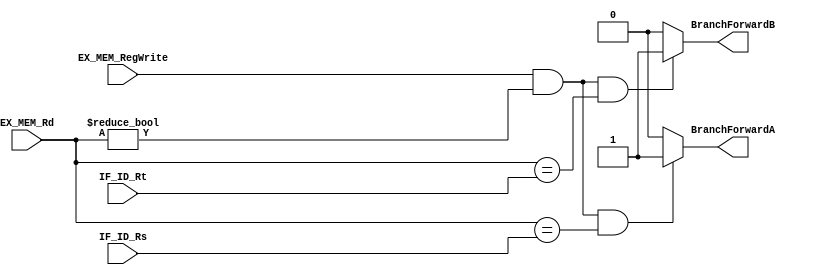
`timescale 1ns/1ns
module BranchForwardingUnit(input [4:0] IF_ID_Rs, IF_ID_Rt, EX_MEM_Rd, input EX_MEM_RegWrite, output BranchForwardA, BranchForwardB);
 reg br_forward_a;
 reg br_forward_b;
	
	always @(IF_ID_Rs, IF_ID_Rt, EX_MEM_Rd, EX_MEM_RegWrite) begin
		br_forward_a = 0;
		br_forward_b = 0;
		if((EX_MEM_RegWrite == 1'b1) && (EX_MEM_Rd != 5'b00000) && (EX_MEM_Rd == IF_ID_Rs)) begin
			br_forward_a = 1;
		end
		if((EX_MEM_RegWrite == 1'b1) && (EX_MEM_Rd != 5'b00000) && (EX_MEM_Rd == IF_ID_Rt)) begin
			br_forward_b = 1;
		end
	end
	
	assign BranchForwardA = br_forward_a;
	assign BranchForwardB = br_forward_b;
endmodule